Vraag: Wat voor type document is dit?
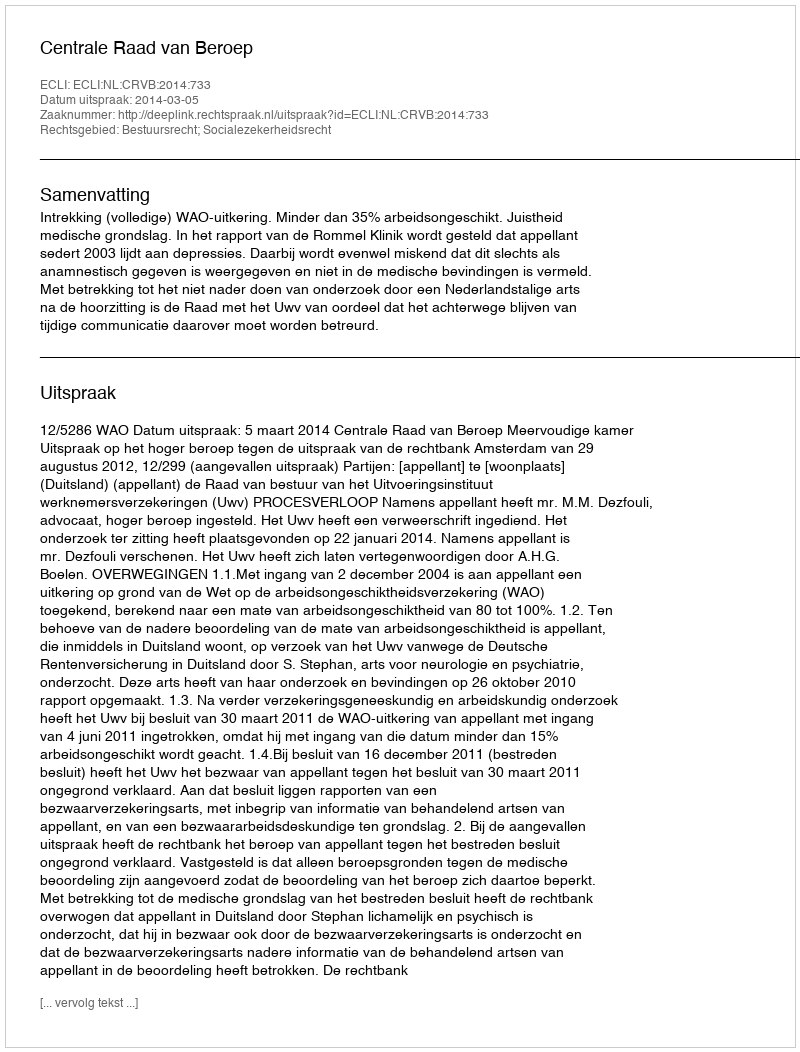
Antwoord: Uitspraak